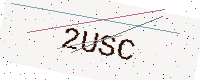
Text: 2USC